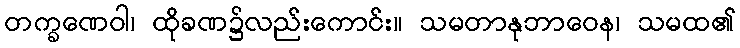
တက္ခဏေဝါ၊ ထိုခဏ၌လည်းကောင်း။ သမတာနုဘာဝေန၊ သမထ၏